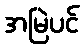
အမြဲပင်